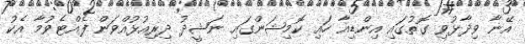
އޭނާ ވިދާޅުވި ގޮތުގައި އިންޑިއާ ހައި ކޮމިޝަންގައި ނަޝީދު ދިރިއުޅުއްވަން ފެއްޓެވުމާ އެކު